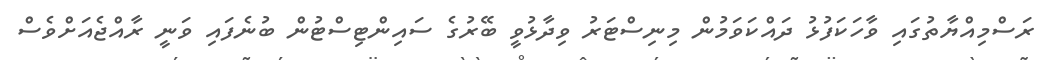
ރަސްމިއްޔާތުގައި ވާހަކަފުޅު ދައްކަވަމުން މިނިސްޓަރު ވިދާޅުވީ ބޭރުގެ ސައިިންޓިސްޓުން ބުނެފައި ވަނީ ރާއްޖެއަށްވެސް